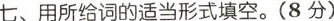
七、用所给词的适当形式填空。（8 分)